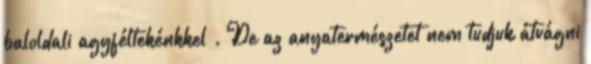
baloldali agyféltekénkkel . De az anyatermészetet nem tudjuk átvágni